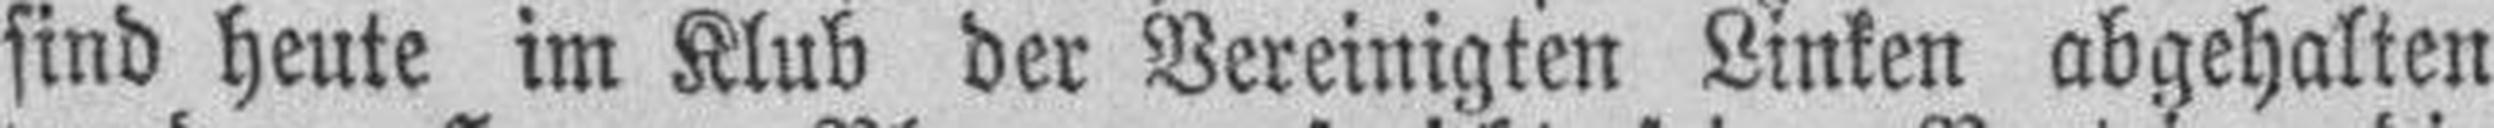
sind heute im Klub der Vereinigten Linken abgehalten